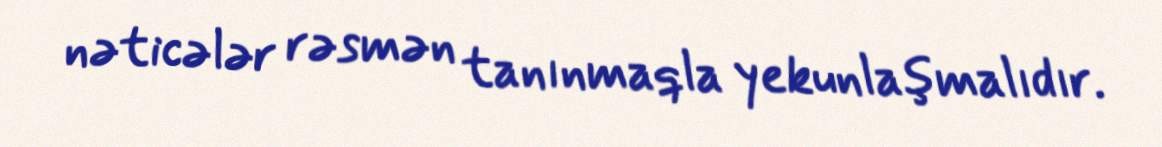
nəticələr rəsmən tanınmaqla yekunlaşmalıdır.